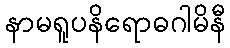
နာမရူပနိရောဓဂါမိနီ